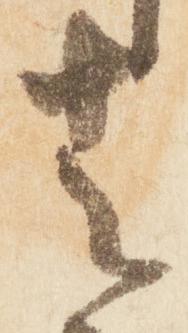
者